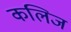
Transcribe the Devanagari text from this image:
कलिज